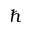
\hbar